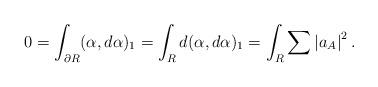
LaTeX: \begin{align*}0=\int_{\partial R}(\alpha ,d\alpha )_{1}=\int_{R}d(\alpha ,d\alpha)_{1}=\int_{R}\sum \left| a_{A}\right| ^{2}.\end{align*}